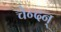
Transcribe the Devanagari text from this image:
चेन्दन्